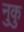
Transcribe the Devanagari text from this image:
नुकु